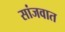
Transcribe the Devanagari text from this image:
सांजवात